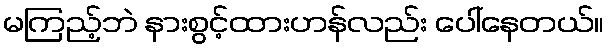
မကြည့်ဘဲ နားစွင့်ထားဟန်လည်း ပေါ်နေတယ်။